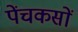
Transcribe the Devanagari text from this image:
पेंचकसों